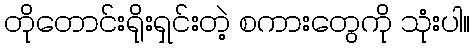
တိုတောင်းရိုးရှင်းတဲ့ စကားတွေကို သုံးပါ။